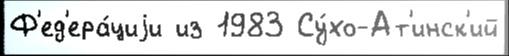
Ф'ед'ера́циjи из 1983 Су́хо-Ат'инск'ий